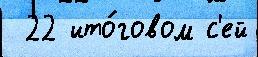
 22 ито́говом с'ей